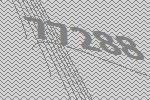
77288